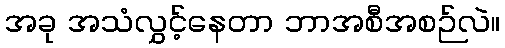
အခု အသံလွှင့်နေတာ ဘာအစီအစဉ်လဲ။